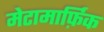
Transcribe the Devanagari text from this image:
मेटामार्फ़िक